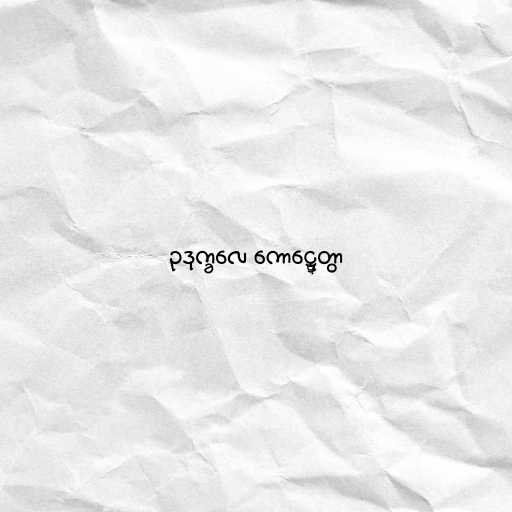
ဥဒုက္ခလေ ကောဋ္ဋေတွာ